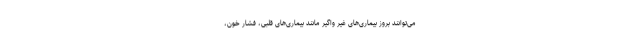
می‌توانند بروز بیماری‌های غیر واگیر مانند بیماری‌های قلبی، فشار خون،